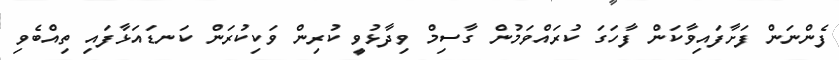
ފެންނަން ފަށާފައިވާކަން ފާހަގަ ކުރައްވަމުން ގާސިމް ވިދާޅުވީ ކުރިން ވަކިކުރަން ކަނޑައަޅާފައި ތިއްބެވި